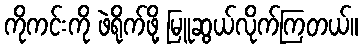
ကိုကင်းကို ဖဲရိုက်ဖို့ မြူဆွယ်လိုက်ကြတယ်။